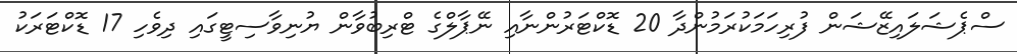
ސްޕެޝަލައިޒޭޝަން ފުރިހަމަކުރަމުންދާ 20 ޑޮކްޓަރުންނާއި ނޭޕާލްގެ ޓްރިބުވާން ޔުނިވާސިޓީގައި ދިވެހި 17 ޑޮކްޓަރަކު